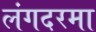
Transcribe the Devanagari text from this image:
लंगदरमा